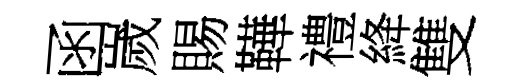
函嵗賜鞾禮絳雙